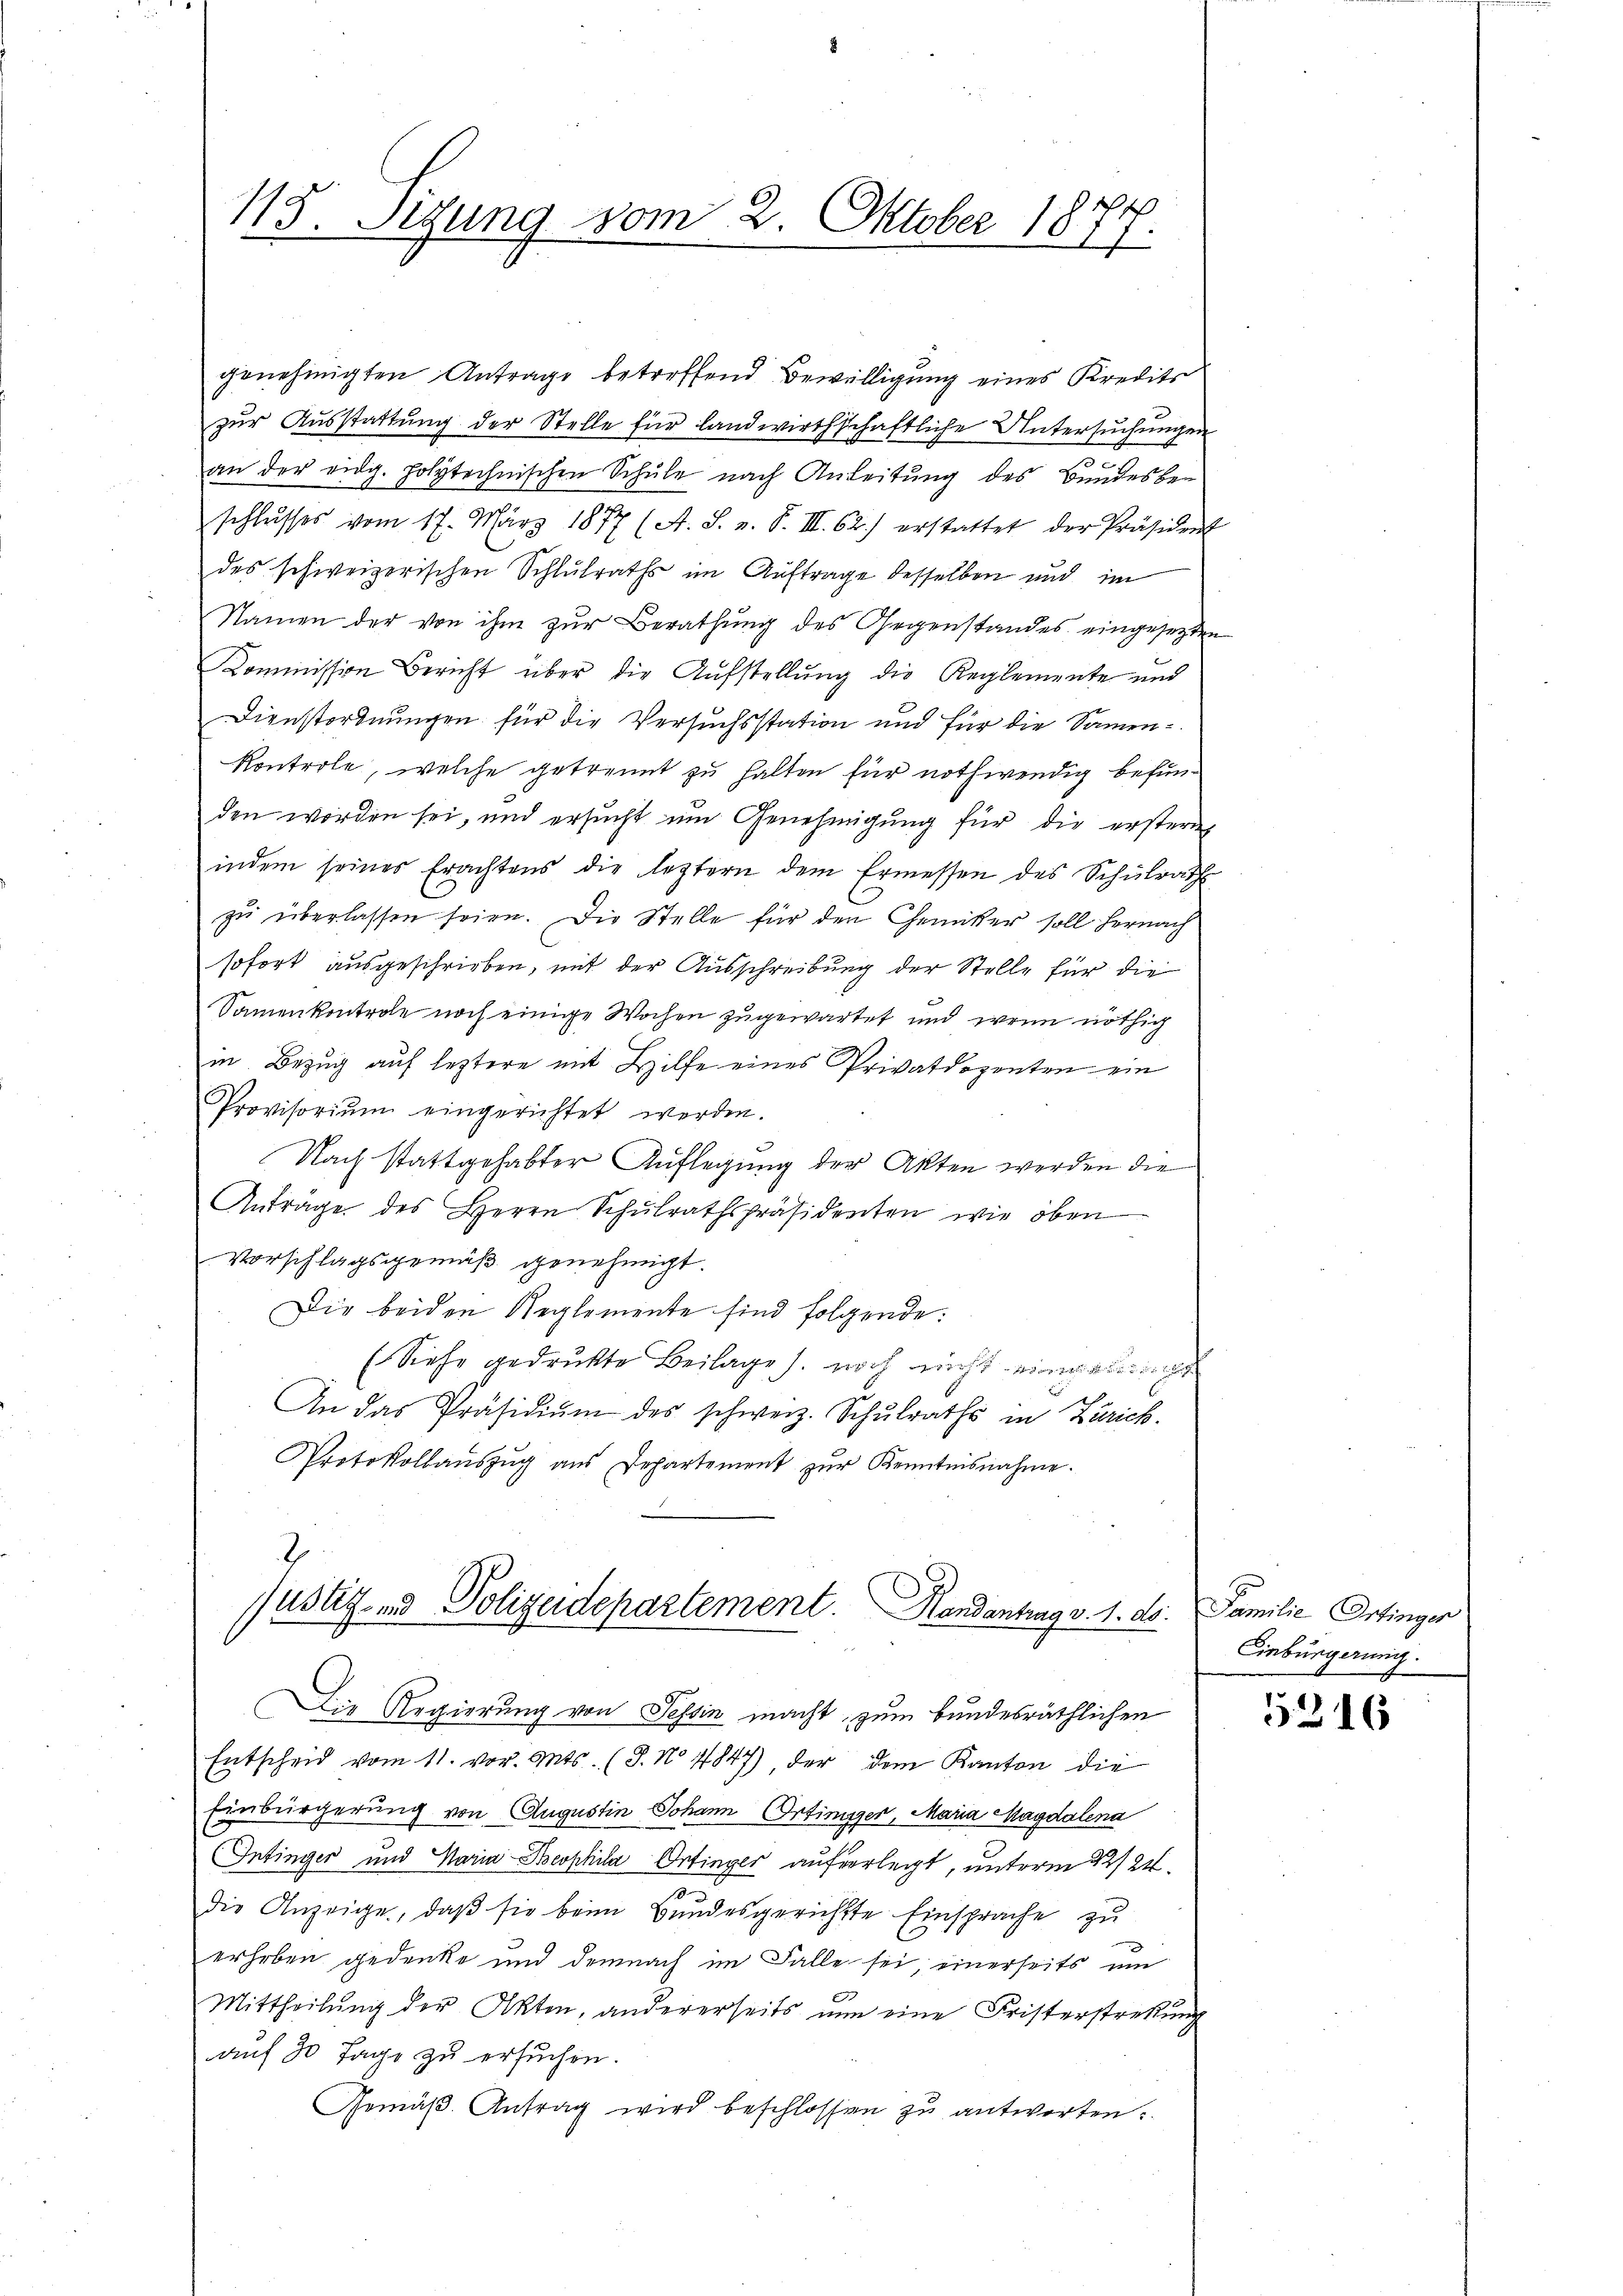
115. Sigung vom 2. Oktober 1874.

genehmigten Antrage betreffend Bewilligung eines Kredits
zur Ausstattung der Stelle für landwirthschaftliche Untersuchungen
e
an der eidg. polytechnischen Schule nach Anleitung des Bundesbe-
schlusses vom 17. März 1877 (A. S. z. B. III. 62.) erstattet der Präsident
des schweizerischen Schulraths im Auftrage desselben und im
Namen der von ihm zur Berathung des Gegenstandes eingesetzten
Kommission Bericht über die Aufstellung die Reglemente und
Dienstordnungen für die Versuchsstation und für die Samen
Kontrole, welche getrennt zu halten für nothwendig befunden worden sei, und ersucht um Genehmigung für die erstern
indem seines Erachtens die leztern dem Ermessen des Schulrath
zu überlassen seien. Die Stelle für den Chemiker soll hernach
sofort ausgeschrieben, mit der Ausschreibung der Stelle für die
Samenkontrole noch einige Wochen zugewartet und wenn nöthig
in Bezug auf leztere mit Hilfe eines Privatdozenten ein
Provisoriŭm eingerichtet werden.
Nach stattgehabter Auflegung der Akten werden die
Anträge des Herrn Schulrathspräsidenten, wie oben
Vorschlagsgemäß genehmigt.
Die beiden Reglemente sind folgende:
(Siehe gedruckte Beilage s. noch nicht einerung
h
An das Präsidiŭm des schweiz. Schulraths in Zürich.
Protokollaŭszŭg ans Departement zŭr Kenntnisnahme.

Die Regierung von Tessin macht, zum bundesräthlichen
Entscheid vom 11. vor. Mts. (T. No 4847), der dem Kanton die
Einbürgerung von Augustin Johann Ortinger, Maria Magdalena
Intinger und Maria-Beophila Ortinger auf vorlegt, unterm 22/24.
s
die Anzeige, daß sie beim Bundesgerichtte Einsprache zu
erhoben gedenke und demnach im Falle sei; einerseits um
Mittheilung der Akten, andererseits nun eine Fristerstreckung
auf 30 Tage zu ersuchen.
Gemäβ Antrag wird beschlossen zu antworten.

2
Justiz- und Polizeidepartement. Handantrag v. 1. ds. Familie Ortinger

e

Einbürgerung.

5316